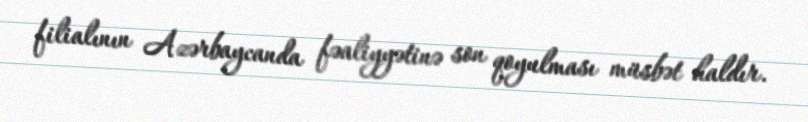
filialının Azərbaycanda fəaliyyətinə son qoyulması müsbət haldır.